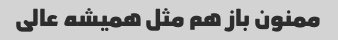
ممنون باز هم مثل همیشه عالی